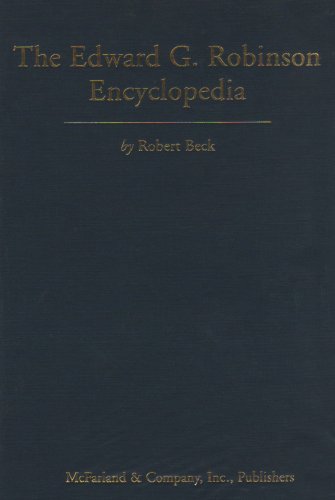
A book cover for The Edward G. Robinson Encyclopedia; Robert Beck; Humor & Entertainment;